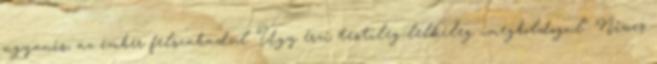
ugyanis, az ember felszabadul. Úgy érzi testileg-lelkileg ,,megboldogul". Nincs